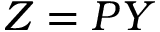
Z = P Y